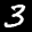
Label: 3